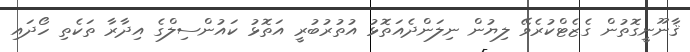
ޤާނޫނީގޮތުން ގެޒެޓްކުރެވޭ ލިޔުން ނިލަންދެއަތޮޅު އުތުރުބުރީ އަތޮޅު ކައުންސިލްގެ އިދާރާ ތަކެތި ހޯދައި